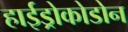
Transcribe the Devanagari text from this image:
हाईड्रोकोडोन